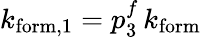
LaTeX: k_{\mathrm{form},1}=p_{3}^{f}\, k_{\mathrm{form}}